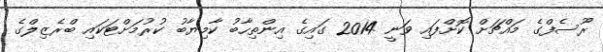
ރޫސެފްގެ މައްޗަށް ކޮށްފައި ވަނީ 2014 ގައިގެ އިންތިހާބު ކާމިޔާބު ކުރުމަށްޓަކައި ބްރެޒިލްގެ